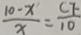
\frac { 1 0 - x } { x } = \frac { C F } { 1 0 }